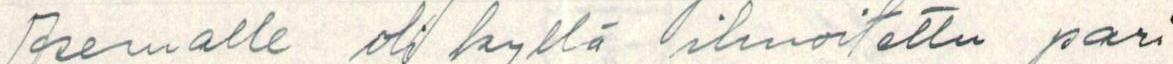
Asemalle oli kyllä ilmoitettu pari